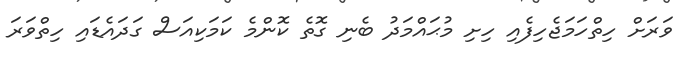
ވަރަށް ހިތްހަމަޖެހިފެއި ހިށި މުޙައްމަދު ބެނި ގޮތެ ކޮންމެ ކަމަކިއަސް ގަދައެޑައި ހިތްވަރަ